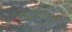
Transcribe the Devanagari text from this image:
गद्य्रांच्या